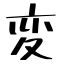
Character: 変